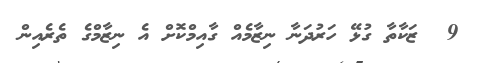
9  ޒަކާތާ ގުޅޭ ހަރުދަނާ ނިޒާމެއް ގާއިމްކޮށް އެ ނިޒާމްގެ ތެރެއިން